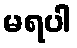
မရပါ